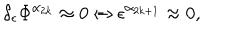
\delta _ { \epsilon } \Phi ^ { \alpha _ { 2 k } } \approx 0 \Leftrightarrow \epsilon ^ { \alpha _ { 2 k + 1 } } \approx 0 ,